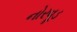
નોરવૂડ